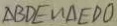
\Delta B D E \sim \Delta E D O